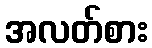
အလတ်စား